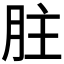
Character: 𦙴